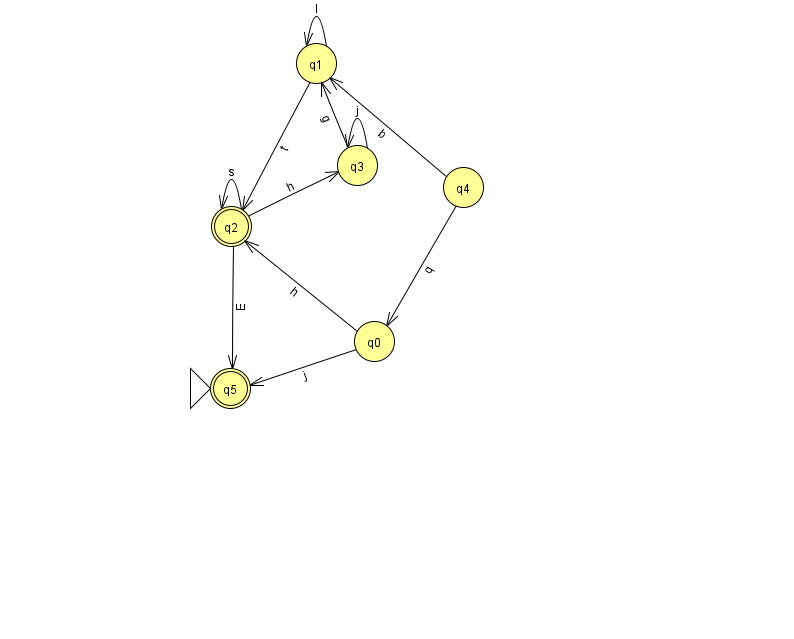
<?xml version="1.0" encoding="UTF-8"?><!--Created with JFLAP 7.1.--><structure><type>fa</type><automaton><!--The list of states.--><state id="0" name="q0"><x>374.0</x><y>328.0</y></state><state id="1" name="q1"><x>316.0</x><y>50.0</y></state><state id="2" name="q2"><x>231.0</x><y>213.0</y><final/></state><state id="3" name="q3"><x>357.0</x><y>152.0</y></state><state id="4" name="q4"><x>463.0</x><y>174.0</y></state><state id="5" name="q5"><x>230.0</x><y>375.0</y><initial/><final/></state><!--The list of transitions.--><transition><from>2</from><to>2</to><read>s</read></transition><transition><from>0</from><to>2</to><read>h</read></transition><transition><from>3</from><to>1</to><read>g</read></transition><transition><from>2</from><to>3</to><read>h</read></transition><transition><from>2</from><to>5</to><read>E</read></transition><transition><from>0</from><to>5</to><read>j</read></transition><transition><from>1</from><to>2</to><read>t</read></transition><transition><from>3</from><to>3</to><read>j</read></transition><transition><from>4</from><to>0</to><read>q</read></transition><transition><from>4</from><to>1</to><read>b</read></transition><transition><from>1</from><to>1</to><read>l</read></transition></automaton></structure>